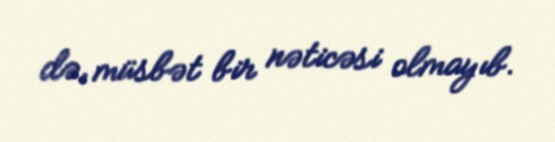
də, müsbət bir nəticəsi olmayıb.